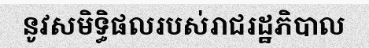
នូវសមិទ្ធិផលរបស់រាជរដ្ឋភិបាល